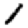
Digit: 1